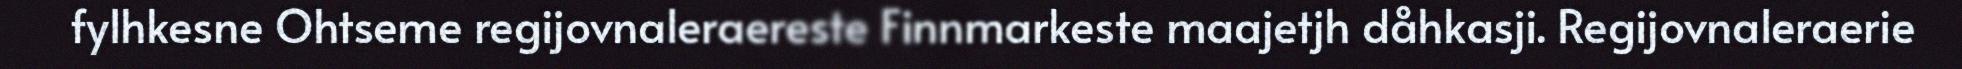
fylhkesne Ohtseme regijovnaleraereste Finnmarkeste maajetjh dåhkasji. Regijovnaleraerie